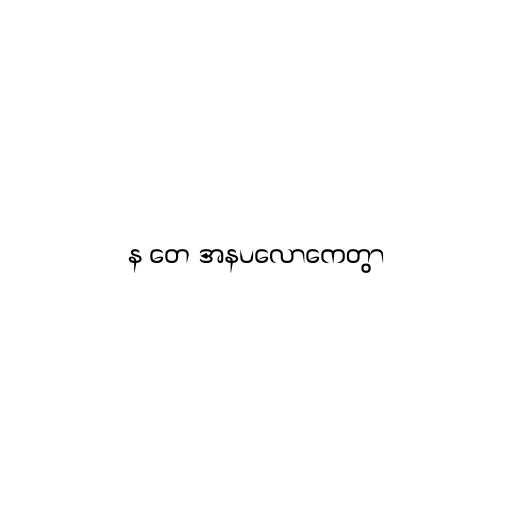
န တေ အနပလောကေတွာ